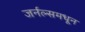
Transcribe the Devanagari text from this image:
जर्नल्समधून